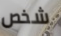
شخص